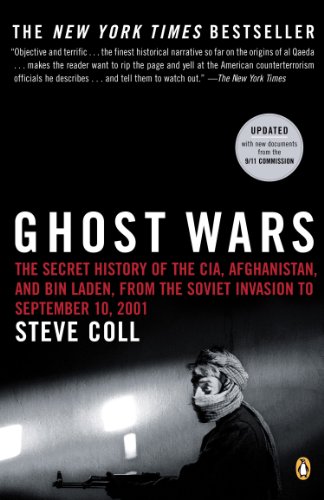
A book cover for Ghost Wars: The Secret History of the CIA, Afghanistan, and Bin Laden, from the Soviet Invasion to September 10, 2001; Steve Coll; History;